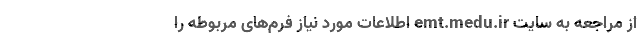
از مراجعه به سایت emt.medu.ir اطلاعات مورد نیاز فرم‌های مربوطه را